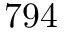
7 9 4